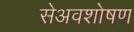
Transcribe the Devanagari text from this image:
सेअवशोषण